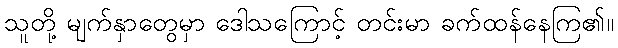
သူတို့ မျက်နှာတွေမှာ ဒေါသကြောင့် တင်းမာ ခက်ထန်နေကြ၏။